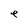
Character: e